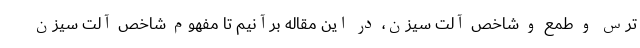
ترس و طمع و شاخص آلت سیزن، در این مقاله برآنیم تا مفهوم شاخص آلت سیزن